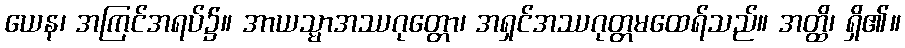
ယေန၊ အကြင်အရပ်၌။ အာယသ္မာအဿဂုတ္တော၊ အရှင်အဿဂုတ္တမထေရ်သည်။ အတ္ထိ၊ ရှိ၏။